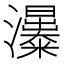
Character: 𤄗